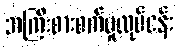
အကြီးစားစက်မှုလုပ်ငန်း